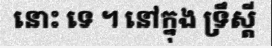
នោះ ទេ ។ នៅក្នុង ទ្រឹស្តី